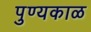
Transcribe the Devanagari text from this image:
पुण्यकाळ